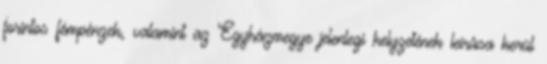
forintos fémpénzek, valamint az Egyházmegye jelenlegi helyzetének leírása kerül